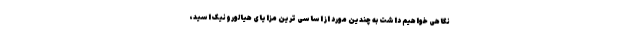
نگاهی خواهیم داشت به چندین مورد از اساسی ترین مزایای هیالورونیک اسید،